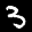
Label: 3